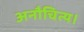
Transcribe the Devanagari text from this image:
अनौचित्य।